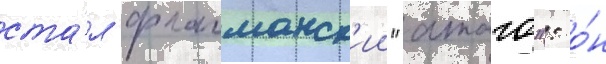
ста́л флагманск'ии "атаго": о́н